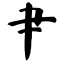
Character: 肀